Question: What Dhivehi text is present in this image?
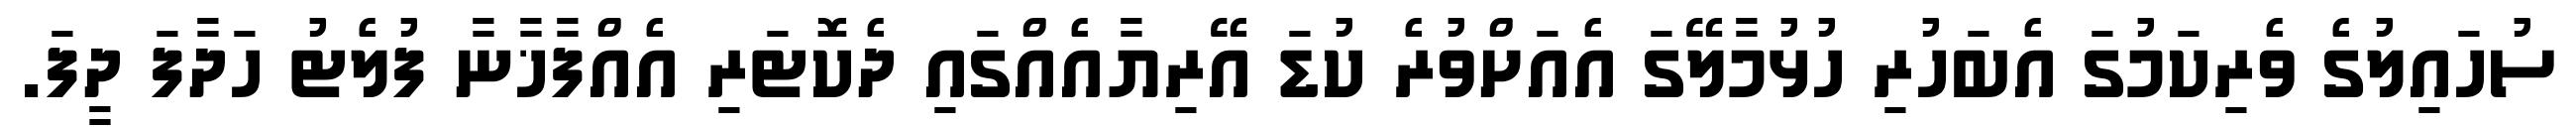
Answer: ސުހައިލުގެ ވެރިކަމުގަ އެބަހުރި ހުޅުމާލޭގަ އެއަށްވުރެ ކުޑަ އޭރިޔާއެއްގައި ދެކޮޓަރި އެއްފާޚާނާ ފުލެޓު ހަދާފަ ދީފަ.